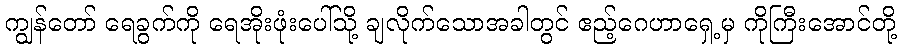
ကျွန်တော် ရေခွက်ကို ရေအိုးဖုံးပေါ်သို့ ချလိုက်သောအခါတွင် ဧည့်ဂေဟာရှေ့မှ ကိုကြီးအောင်တို့